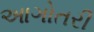
આગોતરી